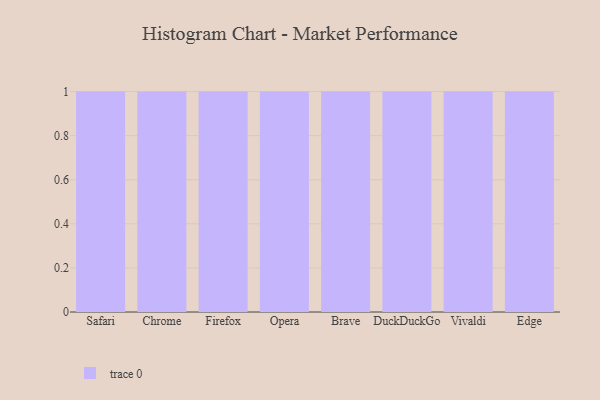
{"axis": {"x": "Browser", "y": "Temperature (°C)"}, "legend": [""], "data": [{"x": "Safari", "y": 62, "type": ""}, {"x": "Chrome", "y": 77, "type": ""}, {"x": "Firefox", "y": 45, "type": ""}, {"x": "Opera", "y": 58, "type": ""}, {"x": "Brave", "y": 6, "type": ""}, {"x": "DuckDuckGo", "y": 77, "type": ""}, {"x": "Vivaldi", "y": 25, "type": ""}, {"x": "Edge", "y": 44, "type": ""}]}